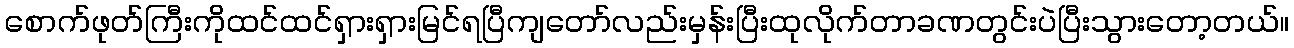
စောက်ဖုတ်ကြီးကိုထင်ထင်ရှားရှားမြင်ရပြီကျတော်လည်းမှန်းပြီးထုလိုက်တာခဏတွင်းပဲပြီးသွားတော့တယ်။